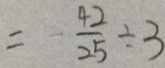
= - \frac { 4 2 } { 2 5 } \div 3